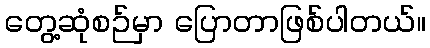
တွေ့ဆုံစဉ်မှာ ပြောတာဖြစ်ပါတယ်။